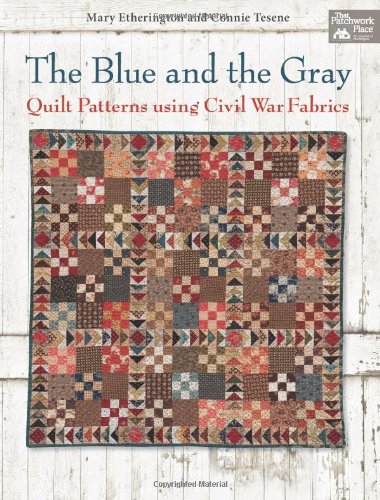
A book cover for The Blue and the Gray: Quilt Patterns using Civil War Fabrics; Mary Etherington; Crafts, Hobbies & Home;